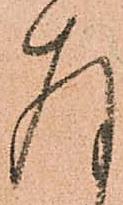
存